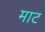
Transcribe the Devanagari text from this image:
माट